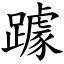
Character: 躆